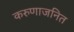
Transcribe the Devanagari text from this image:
करुणाजनित